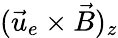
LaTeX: (\vec{u}_{e}\times\vec{B})_{z}